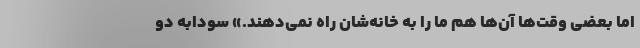
اما بعضی وقت‌ها آن‌ها هم ما را به خانه‌شان راه نمی‌دهند.» سودابه دو